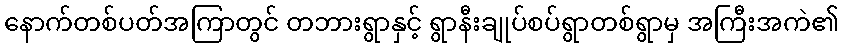
နောက်တစ်ပတ်အကြာတွင် တဘားရွာနှင့် ရွာနီးချုပ်စပ်ရွာတစ်ရွာမှ အကြီးအကဲ၏